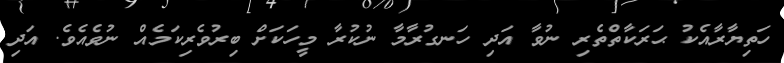
ހަތިޔާރާއެކު ޙަރަކާތްތެރި ނުވާ އަދި ހަނގުރާމާ ނުކުރާ މީހަކަށް ބިރުވެރިކަމެއް ނުވެއެވެ. އަދި